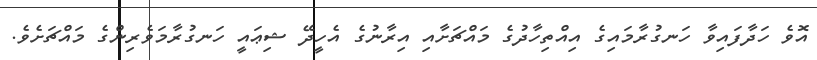
އޮވެ ހަދާފައިވާ ހަނގުރާމައިގެ އިއްތިހާދުގެ މައްޗަށާއި އިރާނުގެ އެހީދޭ ޝިޢައީ ހަނގުރާމަވެރިންގެ މައްޗަށެވެ.